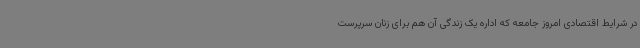
در شرایط اقتصادی امروز جامعه که اداره یک زندگی آن هم برای زنان سرپرست